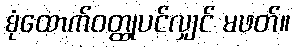
စုံထောက်ဝတ္ထုပင်လျှင် မဖတ်။